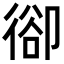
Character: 𢔱